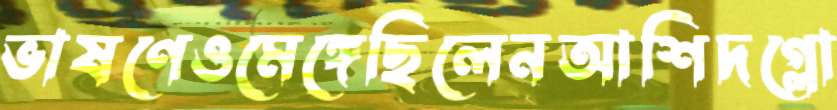
ভাষণেওমেঙ্গেছিলেনআশিদগ্লো